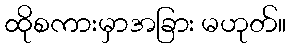
ထိုစကားမှာအခြား မဟုတ်။